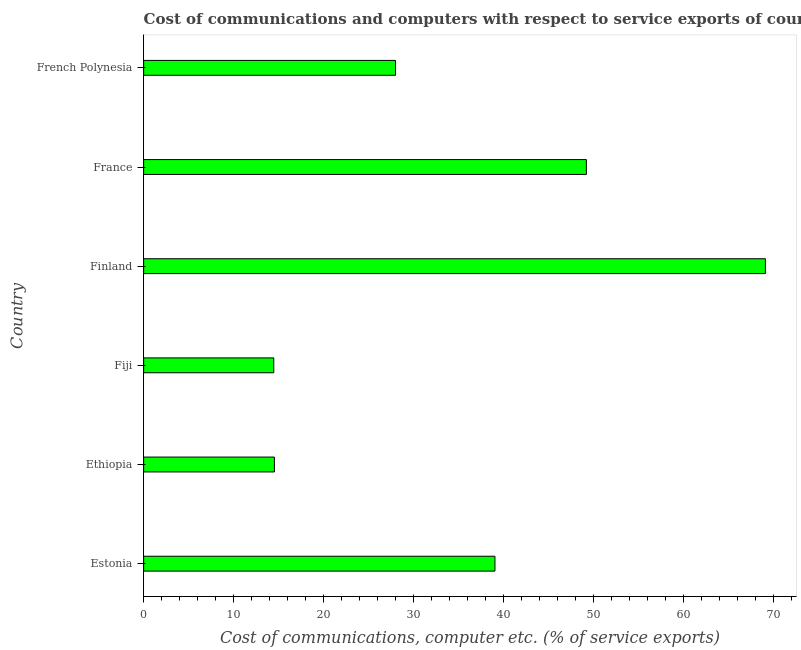
| Country | Communications |
 | --- | --- |
 | Estonia | 39.1 |
 | Ethiopia | 14.5 |
 | Fiji | 14.5 |
 | Finland | 69.1 |
 | France | 49.2 |
 | French Polynesia | 28 |